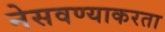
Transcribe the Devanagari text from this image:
नेसवण्याकरता